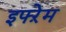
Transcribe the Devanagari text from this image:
इफ्ऱेम